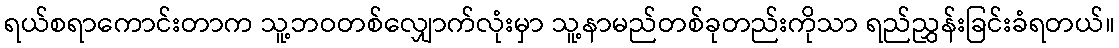
ရယ်စရာကောင်းတာက သူ့ဘဝတစ်လျှောက်လုံးမှာ သူ့နာမည်တစ်ခုတည်းကိုသာ ရည်ညွှန်းခြင်းခံရတယ်။